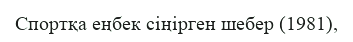
Спортқа еңбек сіңірген шебер (1981),